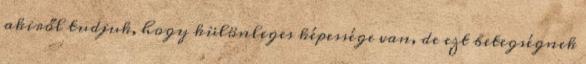
akiről tudjuk, hogy különleges képessége van, de ezt betegségnek